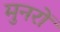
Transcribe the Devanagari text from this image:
मुनरों